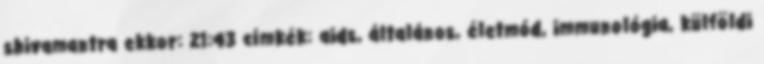
shivamantra ekkor: 21:43 címkék: aids, általános, életmód, immunológia, külföldi